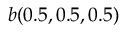
b ( 0 . 5 , 0 . 5 , 0 . 5 )